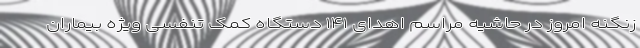
زنگنه امروز در حاشیه مراسم اهدای ۱۴۱ دستگاه کمک تنفسی ویژه بیماران